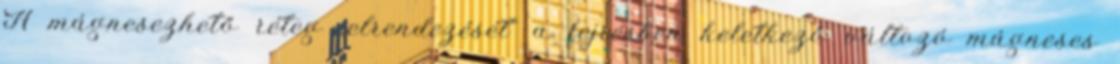
A mágnesezhető réteg „elrendezését” a fejrésben keletkező változó mágneses